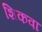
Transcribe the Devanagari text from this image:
शिकवा